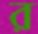
র